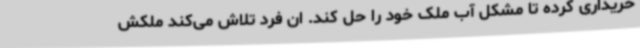
خریداری کرده تا مشکل آب ملک خود را حل کند. ان فرد تلاش می‌کند ملکش